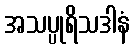
အသပ္ပုရိသဒါနံ